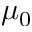
\mu _ { 0 }